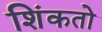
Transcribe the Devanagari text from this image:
शिंकतो